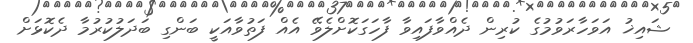
ޝައިޚު އަވަހާރަވުމުގެ ކުރިން ދެއްވާފައިވާ ފާހަގަކޮށްލެވޭ އެއް ފަތުވާއަކީ ބަންގި ބަދަލުކުރުމާ ދެކޮޅަށް